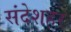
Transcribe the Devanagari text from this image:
संदेशहर